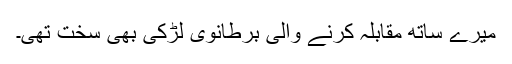
میرے ساتھ مقابلہ کرنے والی برطانوی لڑکی بھی سخت تھی۔